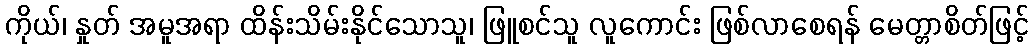
ကိုယ်၊ နှုတ် အမူအရာ ထိန်းသိမ်းနိုင်သောသူ၊ ဖြူစင်သူ လူကောင်း ဖြစ်လာစေရန် မေတ္တာစိတ်ဖြင့်